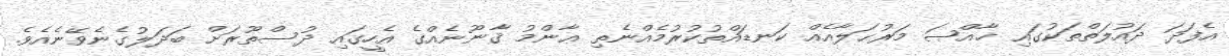
އެފަދަ ދައުލަތްތަކުގައި ޚާއްޞަ މަރުޙަލާއެއް ކަނޑައްތުކުރުމެއްނެތި ޢާންމު ޤާނޫނެއްގެ އެހީގައި ދުސްތޫރަށް ބަދަލުގެނެވޭނެއެވެ.